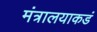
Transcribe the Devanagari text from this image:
मंत्रालयाकडं